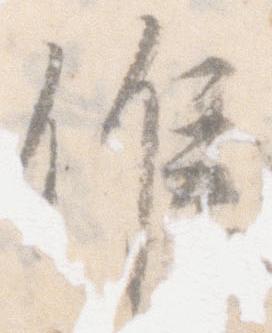
候